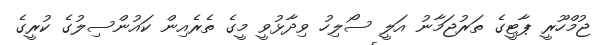
ޖުމްހޫރީ ޕާޓީގެ ތަރުޖަމާނު އަލީ ސޯލިހު ވިދާޅުވީ މީގެ ތެރެއިން ކައުންސިލުގެ ކުރީގެ